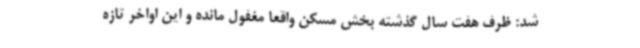
شد: ظرف هفت سال گذشته بخش مسکن واقعا مغفول مانده و این اواخر تازه